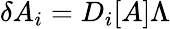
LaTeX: \delta A_{i}=D_{i}[A]\Lambda